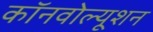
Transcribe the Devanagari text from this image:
कॉनवोल्यूशन